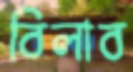
বিলাব